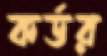
কর্ডর